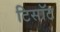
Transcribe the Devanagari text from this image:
टिसॉट